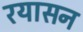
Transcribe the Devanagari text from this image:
रयासन